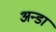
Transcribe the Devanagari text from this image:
अन्डा